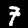
Label: 7